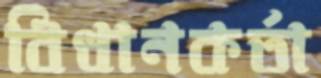
বিধানকর্তা